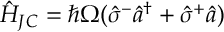
\hat { H } _ { J C } = \hbar \Omega ( \hat { \sigma } ^ { - } \hat { a } ^ { \dagger } + \hat { \sigma } ^ { + } \hat { a } ) \,